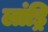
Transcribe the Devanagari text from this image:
लांड्रि